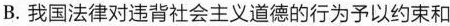
B.我国法律对违背社会主义道德的行为予以约束和